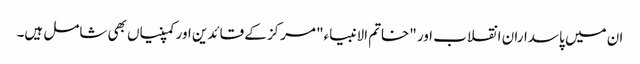
ان میں پاسداران انقلاب اور "خاتم الانبیاء" مرکز کے قائدین اور کمپنیاں بھی شامل ہیں۔